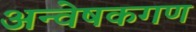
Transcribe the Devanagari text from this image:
अन्वेषकगण